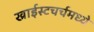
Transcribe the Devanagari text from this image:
ख्राईस्टचर्चमध्ये